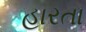
હારતા